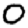
Digit: 0